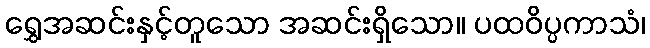
ရွှေအဆင်းနှင့်တူသော အဆင်းရှိသော။ ပထဝိပ္ပကာသံ၊